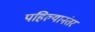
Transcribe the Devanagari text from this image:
पहिल्यानंतर